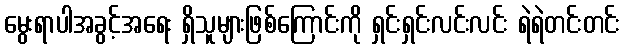
မွေးရာပါအခွင့်အရေး ရှိသူများဖြစ်ကြောင်းကို ရှင်းရှင်းလင်းလင်း ရဲရဲတင်းတင်း